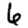
Digit: 6